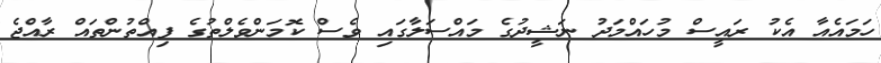
ހަމައެއާ އެކު ރައީސް މުހައްމަދު ނަޝީދުގެ މައްސަލާގައި ވެސް ކޮމަންވެލްތުގެ ފިއްތުންތައް ރާއްޖެ